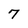
Character: 7